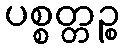
ပစ္စတ္တဉ္စ